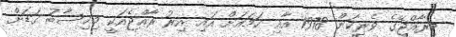
މިރާއްޖޭގެ ވެރިކަން 1978 އާއި ހަމައަށް އައި އިރު ރާއްޖެއަކީ މިހިސާބު ގަޑަށް